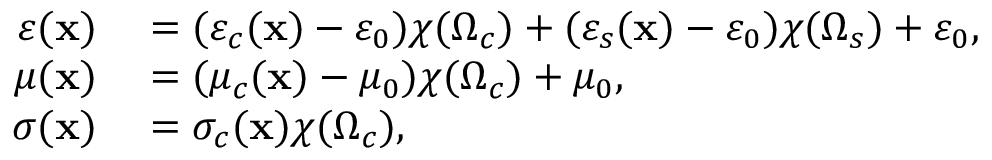
\begin{array} { r l } { \varepsilon ( \mathbf { x } ) } & { { } = ( \varepsilon _ { c } ( \mathbf { x } ) - \varepsilon _ { 0 } ) \chi ( \Omega _ { c } ) + ( \varepsilon _ { s } ( \mathbf { x } ) - \varepsilon _ { 0 } ) \chi ( \Omega _ { s } ) + \varepsilon _ { 0 } , } \\ { \mu ( \mathbf { x } ) } & { { } = ( \mu _ { c } ( \mathbf { x } ) - \mu _ { 0 } ) \chi ( \Omega _ { c } ) + \mu _ { 0 } , } \\ { \sigma ( \mathbf { x } ) } & { { } = \sigma _ { c } ( \mathbf { x } ) \chi ( \Omega _ { c } ) , } \end{array}